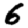
Digit: 6